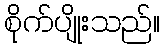
စိုက်ပျိုးသည်။